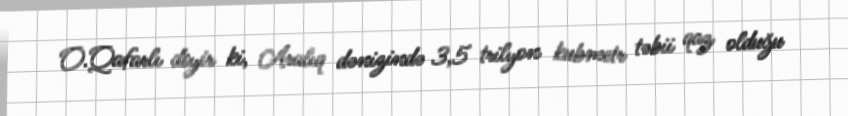
O.Qafarlı deyir ki, Aralıq dənizində 3,5 trilyon kubmetr təbii qaz olduğu